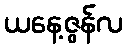
ယနေ့ဇွန်လ